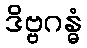
ဒိဗ္ဗဂန္ဓံ